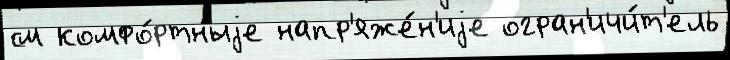
см комфо́ртныjе напр'яже́н'иjе огран'ичи́т'ель